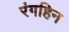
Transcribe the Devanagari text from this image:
रंगहिन